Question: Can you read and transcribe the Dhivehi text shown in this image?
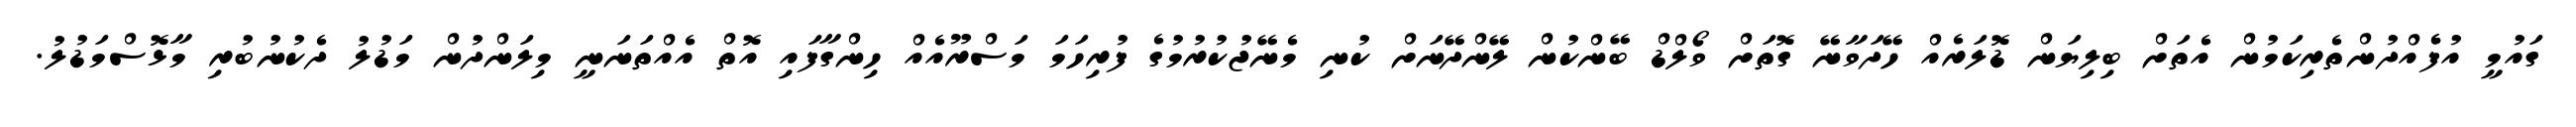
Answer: ގައުމީ އުފެެއްދުންތެރިކަމުން އެތަށް ބިލިޔަން ޑޮލަރެއް ހޭދަވާނޭ ގޮތަށް ވޯލްޑް ބޭންކުން ލޭންދޭނަށް ކުނި މެނޭޖުކުރުމުގެ ފުރިހަމަ މަސްރޫއެއް ހިންގާފައި އޮތް އެއްތަނަނީ މިލަންދުން މަޑުލު ދެކުނުބުރި މާޅޮސްމަޑުލު.